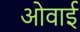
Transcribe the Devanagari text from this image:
ओवाई